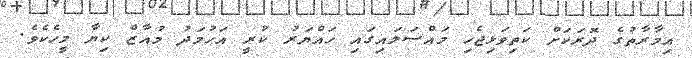
އިމާރާތުގެ ދޮރަކަށް ކަތިވަޅިޖެހި މައްސަލައިގައި ހައްޔަރު ކުރީ އަހުމަދު މުއާޒް ކިޔާ މީހެކެވެ.